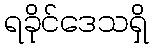
ရခိုင်ဒေသရှိ